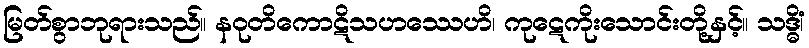
မြတ်စွာဘုရားသည်။ နဝုတိကောဋိသဟဿေဟိ၊ ကုဋေကိုးသောင်းတို့နှင့်။ သဒ္ဓိံ၊